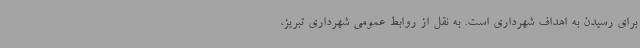
برای رسیدن به اهداف شهرداری است. به نقل از روابط عمومی شهرداری تبریز،